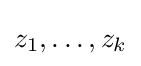
z_{1},\ldots ,z_{k}